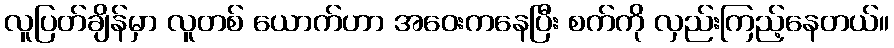
လူပြတ်ချိန်မှာ လူတစ် ယောက်ဟာ အဝေးကနေပြီး စက်ကို လှည်းကြည့်နေတယ်။